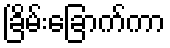
ခြိမ်းခြောက်ကာ